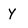
Character: y